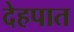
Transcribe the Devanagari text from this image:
देहपात